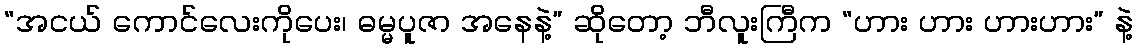
“အငယ် ကောင်လေးကိုပေး၊ ဓမ္မပူဇာ အနေနဲ့” ဆိုတော့ ဘီလူးကြီက “ဟား ဟား ဟားဟား” နဲ့